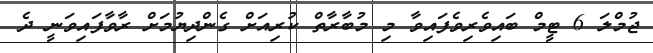
ޖުމްލަ 6 ޓީމް ބައިވެރިވެފައިވާ މި މުބާރާތް ކުރިއަށް ގެންދިޔުމަށް ރާވާފައިވަނީ ދެ